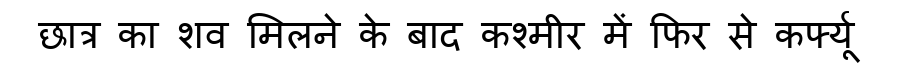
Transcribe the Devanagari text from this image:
छात्र का शव मिलने के बाद कश्मीर में फिर से कर्फ्यू